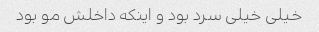
خیلی خیلی سرد بود و اینکه داخلش مو بود